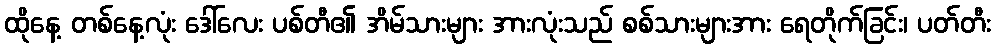
ထိုနေ့ တစ်နေ့လုံး ဒေါ်လေး ပစ်တီ၏ အိမ်သားများ အားလုံးသည် စစ်သားများအား ရေတိုက်ခြင်း၊ ပတ်တီး